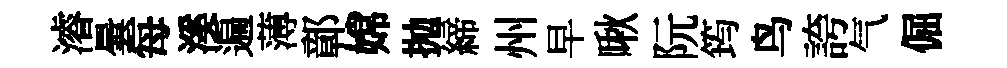
濬曇每溪遍薄鄣嫦抛締州早啾阮筠鸟誇气倔